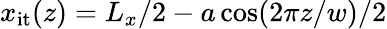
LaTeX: x_{\mathrm{it}}(z)=L_{x}/2-a\cos(2\pi z/w)/2